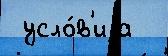
 усло́в'иjа